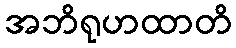
အဘိရုဟထာတိ